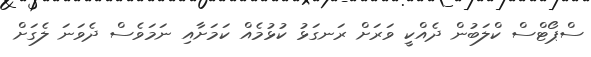
ސްޕޯޓްސް ކްލަބުން ދެއްކީ ވަރަށް ރަނގަޅު ކުޅުމެއް ކަމަށާއި ނަމަވެސް ދެވަނަ ލެގަށް